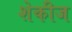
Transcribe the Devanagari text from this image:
शेकीज